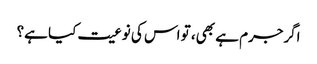
اگرجرم ہے بھی، تو اس کی نوعیت کیا ہے؟